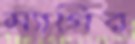
ম্যাগির